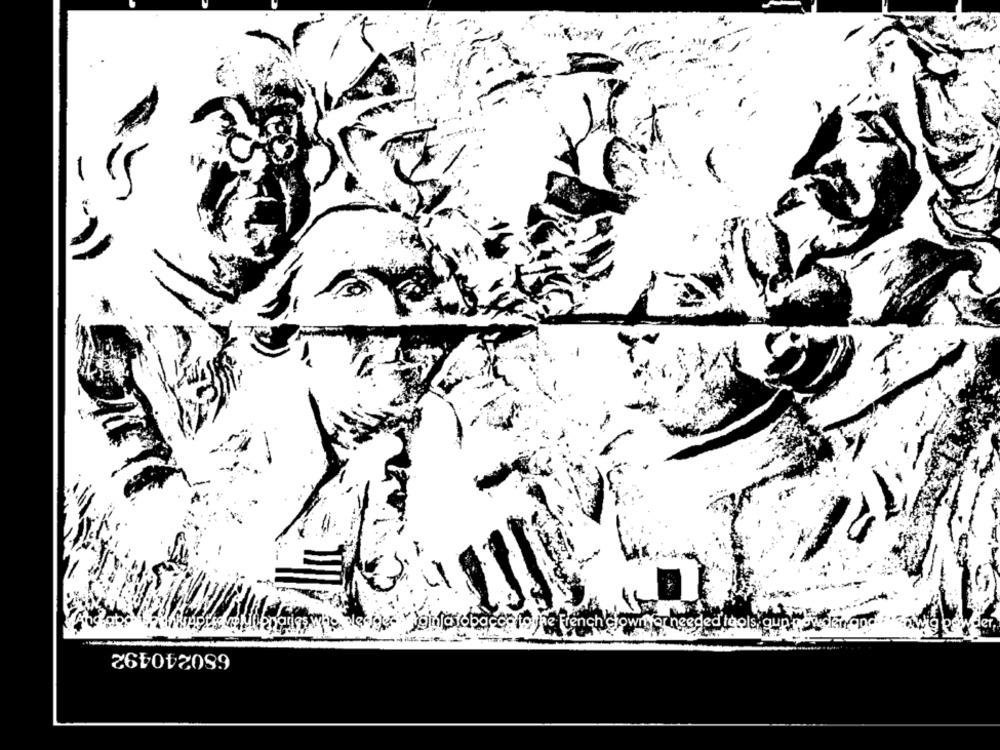
Wginfa tobacco to the French'clownyer needed tools g
wg
680240492